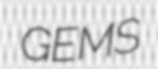
GEMS